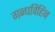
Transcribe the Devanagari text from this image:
गन्धविहिन